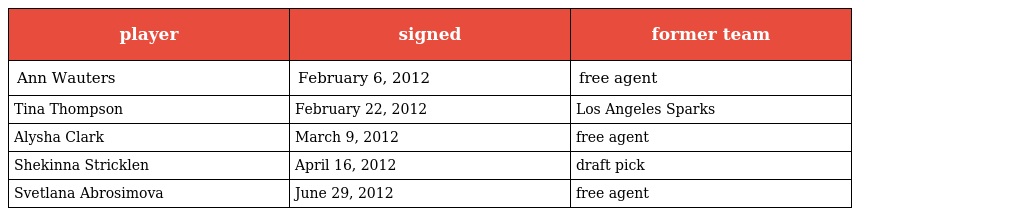
| player | signed | former team |
 | --- | --- | --- |
 | Ann Wauters | February 6, 2012 | free agent |
 | Tina Thompson | February 22, 2012 | Los Angeles Sparks |
 | Alysha Clark | March 9, 2012 | free agent |
 | Shekinna Stricklen | April 16, 2012 | draft pick |
 | Svetlana Abrosimova | June 29, 2012 | free agent |